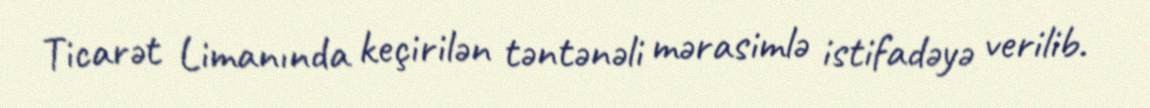
Ticarət Limanında keçirilən təntənəli mərasimlə istifadəyə verilib.